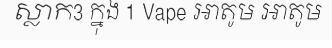
ស្លាក3 ក្នុង 1 Vape អាតូម អាតូម